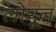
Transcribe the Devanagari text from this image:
लोपून